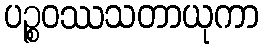
ပဉ္စဝဿသတာယုကာ